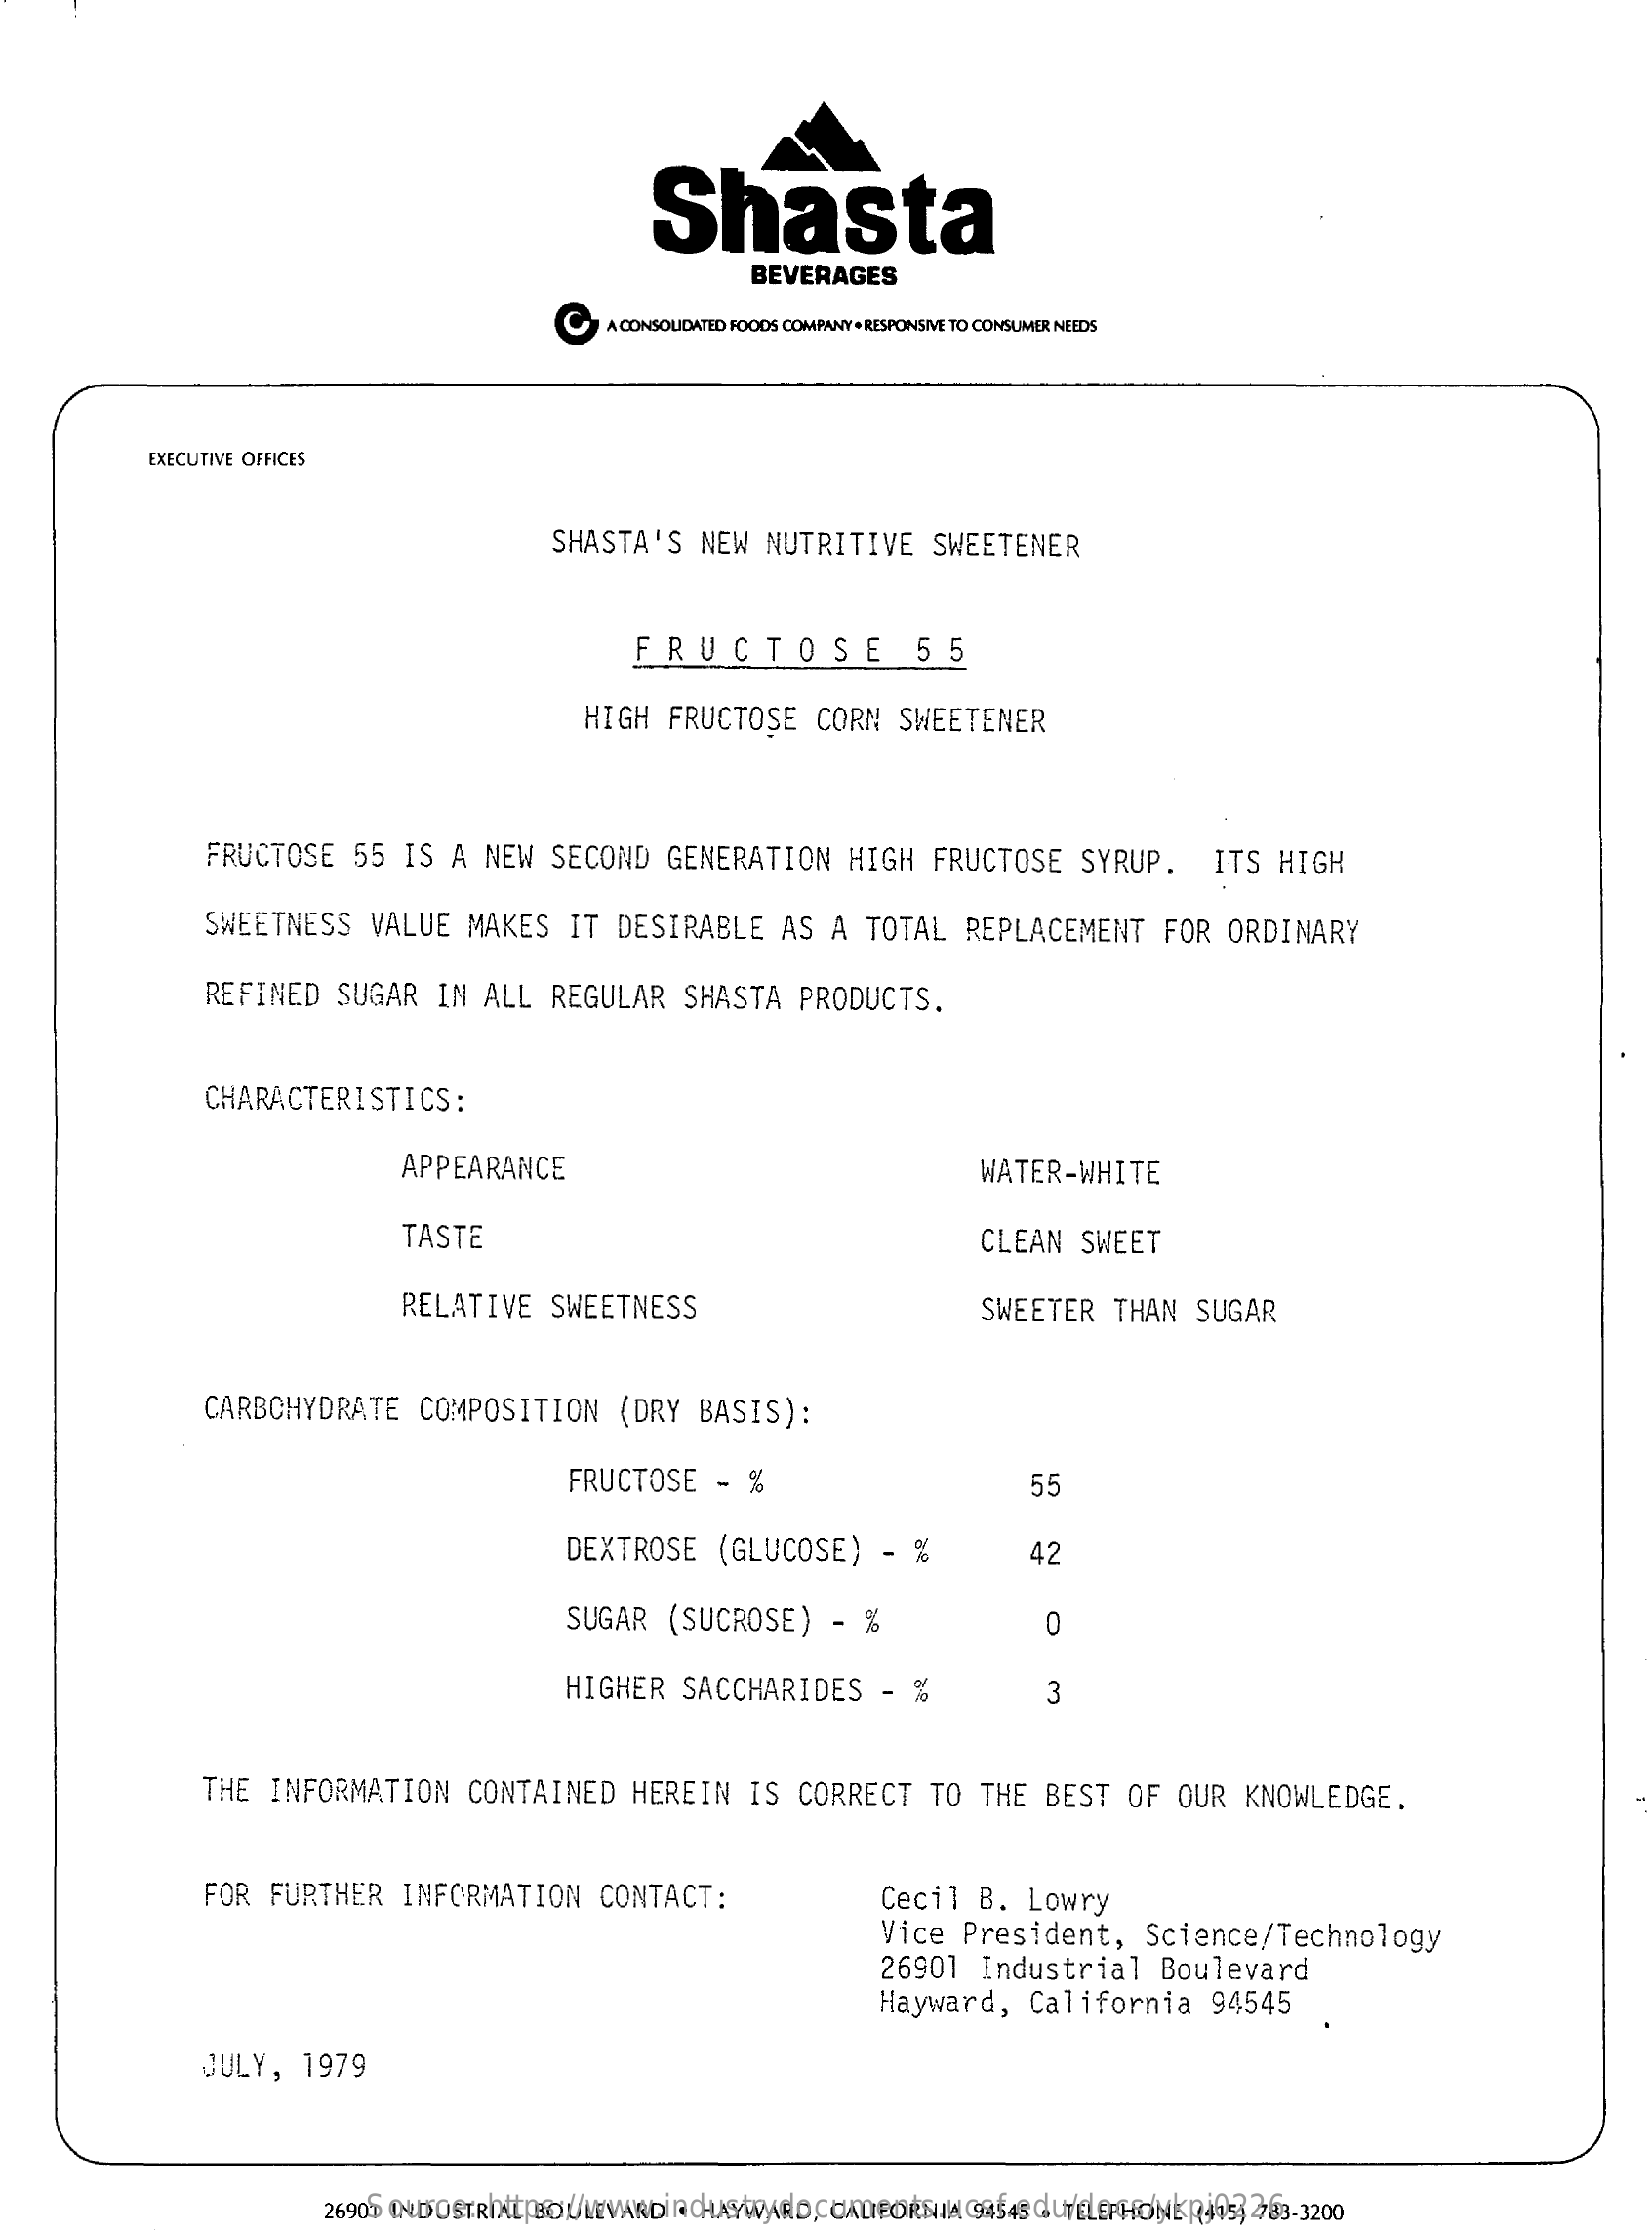
Shasta
     BEVERAGES
     C    A CONSOLIDATED FOODS  COMPANY  . RESPONSIVE TO CONSUMER NEEDS
     EXECUTIVE  OFFICES
     SHASTA'S    NEW    NUTRITIVE    SWEETENER
     FRUCTOSE    55
     HIGH    FRUCTOSE    CORN    SWEETENER
     FRUCTOSE    55    IS   A   NEW    SECOND    GENERATION    HIGH    FRUCTOSE    SYRUP.    ITS    HIGH
     SWEETNESS    VALUE    MAKES    IT    DESIRABLE    AS    A    TOTAL    REPLACEMENT    FOR    ORDINARY
     REFINED    SUGAR    IN    ALL    REGULAR    SHASTA    PRODUCTS.
     CHARACTERISTICS:
     APPEARANCE    WATER-WHITE
     TASTE    CLEAN    SWEET
     RELATIVE    SWEETNESS    SWEETER    THAN    SUGAR
     CARBOHYDRATE    COMPOSITION    (DRY    BASIS):
     FRUCTOSE    -   %    55
     DEXTROSE    (GLUCOSE)    -   %    42
     SUGAR    (SUCROSE)    -   %    0
     HIGHER    SACCHARIDES    -   %    3
     THE    INFORMATION    CONTAINED    HEREIN    IS    CORRECT    TO    THE    BEST    OF    OUR    KNOWLEDGE.
     FOR    FURTHER    INFORMATION    CONTACT:    Cecil    B.    Lowry
     Vice    President,    Science/Technology
     26901    Industrial    Boulevard
     Hayward,    California    94545
     JULY,    1979
     Source:    https://www.industrydocuments.ucsf.edu/docs/ykpj0226 26901 INDUSTRIAL BOULEVARD . HAYWARD, CALIFORNIA 94545 . TELEPHONE (415) 783-3200